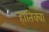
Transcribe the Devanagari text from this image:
हातिक्वा